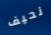
نحيف